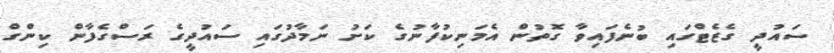
ސައުދީ ގެޒެޓްގައި ބުނެފައިވާ ގޮތުން އެމަނިކުފާނުގެ ކަށު ނަމާދުގައި ސައުދީގެ ރަސްގެފާން ކިންގް